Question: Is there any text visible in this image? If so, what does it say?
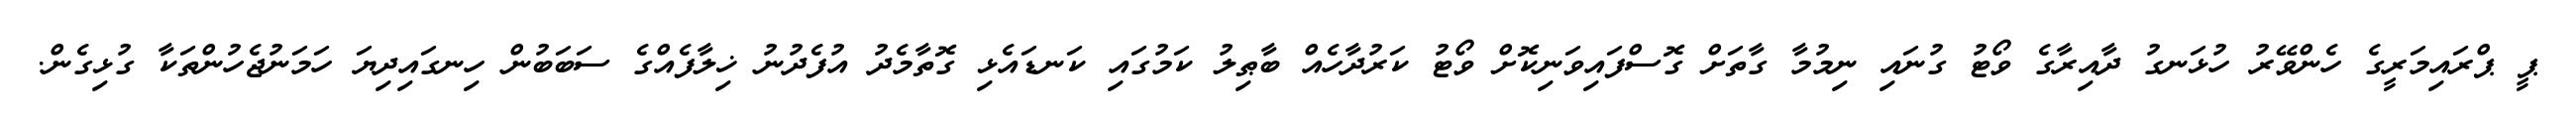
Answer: ޕީ ޕްރައިމަރީގެ ހެންވޭރު ހުޅަނގު ދާއިރާގެ ވޯޓު ގުނައި ނިމުމާ ގާތަށް ގޮސްފައިވަނިކޮށް ވޯޓު ކަރުދާހެއް ބާޠިލު ކަމުގައި ކަނޑައެޅި ގޮތާމެދު އުފެދުނު ޚިލާފެއްގެ ސަބަބުން ހިނގައިދިޔަ ހަމަނުޖެހުންތަކާ ގުޅިގެން.